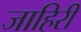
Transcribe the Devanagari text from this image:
जाहिरी